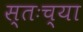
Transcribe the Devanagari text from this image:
स्तःच्या